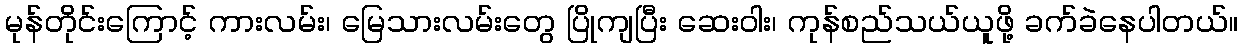
မုန်တိုင်းကြောင့် ကားလမ်း၊ မြေသားလမ်းတွေ ပြိုကျပြီး ဆေးဝါး၊ ကုန်စည်သယ်ယူဖို့ ခက်ခဲနေပါတယ်။